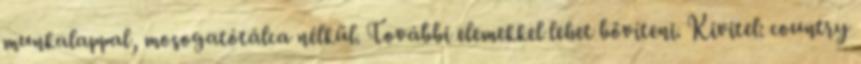
munkalappal, mosogatótálca nélkül. További elemekkel lehet bővíteni. Kivitel: country